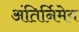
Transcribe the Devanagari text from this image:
अंतिर्निमेय